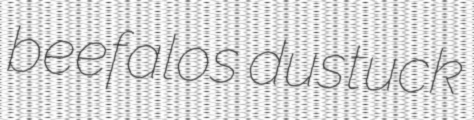
beefalos dustuck